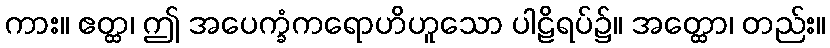
ကား။ ဧတ္ထ၊ ဤ အပေက္ခံကရောဟိဟူသော ပါဠိရပ်၌။ အတ္ထော၊ တည်း။